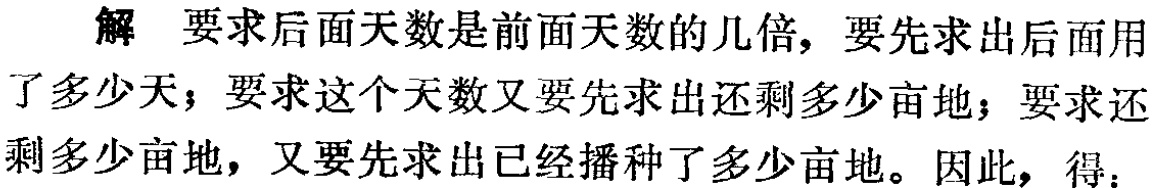
解 要求后面天数是前面天数的几倍，要先求出后面用了多少天；要求这个天数又要先求出还剩多少亩地；要求还剩多少亩地，又要先求出已经播种了多少亩地。因此，得：